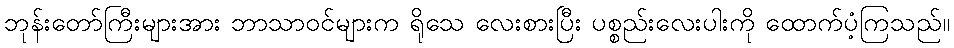
ဘုန်းတော်ကြီးများအား ဘာသာဝင်များက ရိုသေ လေးစားပြီး ပစ္စည်းလေးပါးကို ထောက်ပံ့ကြသည်။